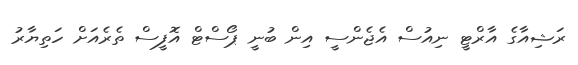
ރަޝިއާގެ އާރްޓީ ނިއުސް އެޖެންސީ އިން ބުނީ ޕޯސްޓް އޮފީސް ތެރެއަށް ހަތިޔާރު